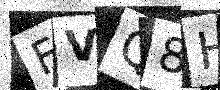
Text: FVQ8HE